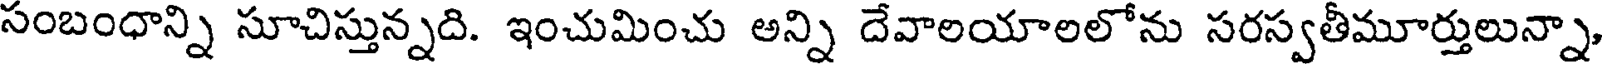
సంబంధాన్ని సూచిస్తున్నది. ఇంచుమించు అన్ని దేవాలయాలలోను సరస్వతీమూర్తులున్నా,